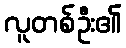
လူတစ်ဦး၏